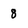
Character: 8